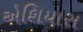
એશિયાસ